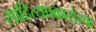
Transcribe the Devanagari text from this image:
साहित्यप्रकारांच्या